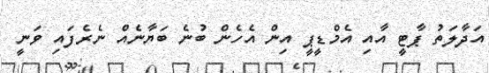
އަދާލަތު ޕާޓީ އާއި އެމްޑީޕީ އިން އެހެން ބުނެ ބަޔާނެއް ނެރެފައި ވަނީ